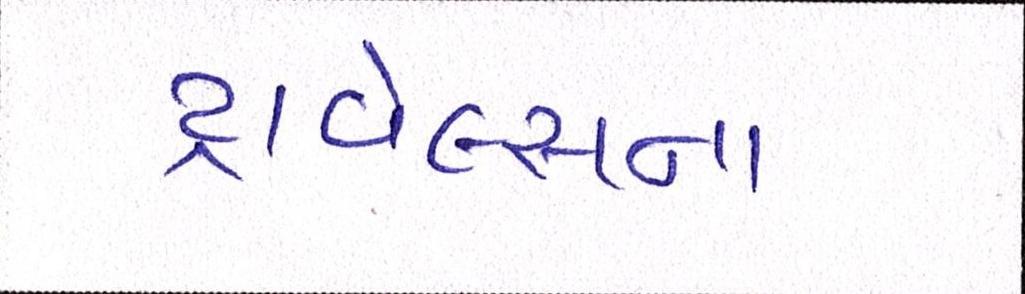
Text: ટ્રાવેલ્સના